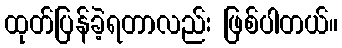
ထုတ်ပြန်ခဲ့ရတာလည်း ဖြစ်ပါတယ်။